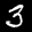
Label: 3